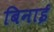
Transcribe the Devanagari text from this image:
बिनाई